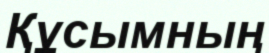
Құсымның